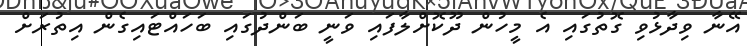
އޭނާ ވިދާޅުވި ގޮތުގައި އެ މީހުން ދޫކޮށްލާފައި ވަނީ ބަންދުގައި ބަހައްޓައިގެން އިތުރަށް